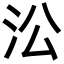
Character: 㳂